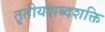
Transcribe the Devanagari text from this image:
तृतीयशब्दशक्ति